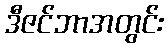
ဒီဇင်ဘာအတွင်း